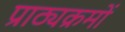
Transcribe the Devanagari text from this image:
प्राठ्यक्रमों